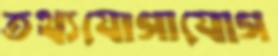
তথ্যযোগাযোগ